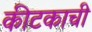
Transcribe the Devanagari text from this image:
कीटकाची